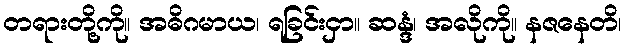
တရားတို့ကို။ အဓိဂမာယ၊ ရခြင်းငှာ။ ဆန္ဒံ၊ အလိုကို။ နဇနေတိ၊